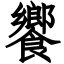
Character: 饗